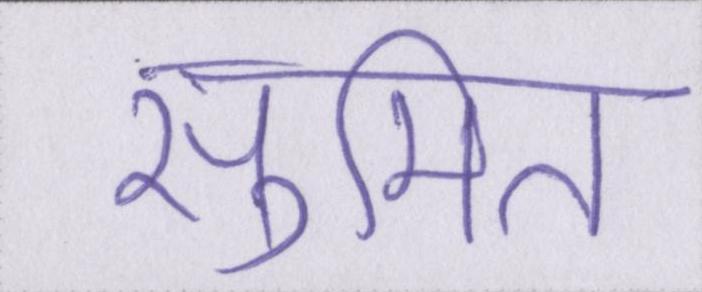
सुमित